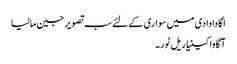
اگاوا وادی میں سواری کے لئے سب تصویر جین مالیا
آگاوا کینیا ریل ٹور۔